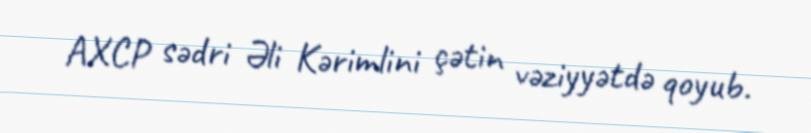
AXCP sədri Əli Kərimlini çətin vəziyyətdə qoyub.